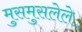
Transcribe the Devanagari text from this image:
मुसमुसलेले